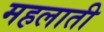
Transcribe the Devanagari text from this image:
महलाती